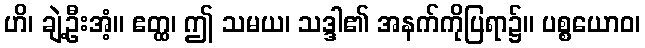
ဟိ၊ ချဲ့ဦးအံ့။ ဧတ္ထ၊ ဤ သမယ၊ သဒ္ဒါ၏ အနက်ကိုပြရာ၌။ ပစ္စယောဝ၊